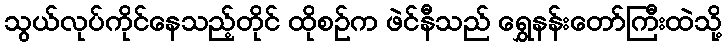
သွယ်လုပ်ကိုင်နေသည့်တိုင် ထိုစဉ်က ဖဲင်နီသည် ရွှေနန်းတော်ကြီးထဲသို့